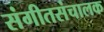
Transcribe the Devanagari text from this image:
संगीतसंचालक